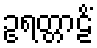
ဥရတ္တာဠိံ